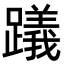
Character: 𨆋